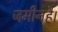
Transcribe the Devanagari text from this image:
जमीनहै।